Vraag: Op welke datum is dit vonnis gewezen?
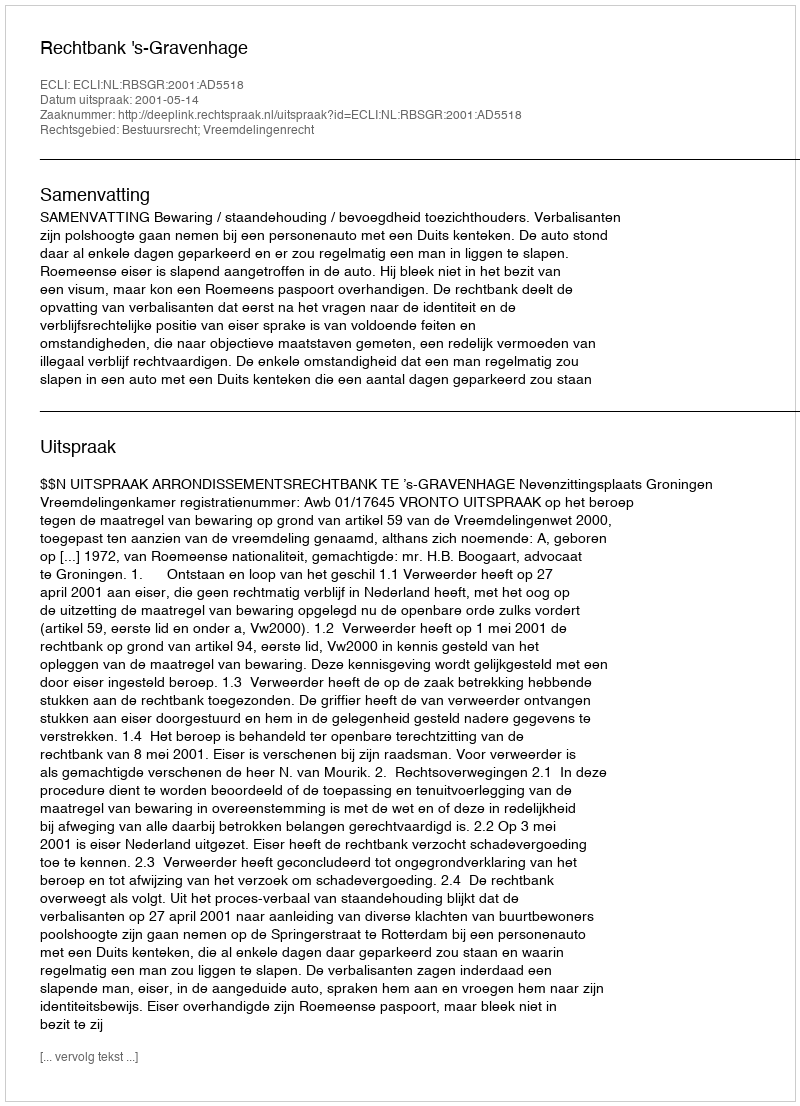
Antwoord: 2001-05-14